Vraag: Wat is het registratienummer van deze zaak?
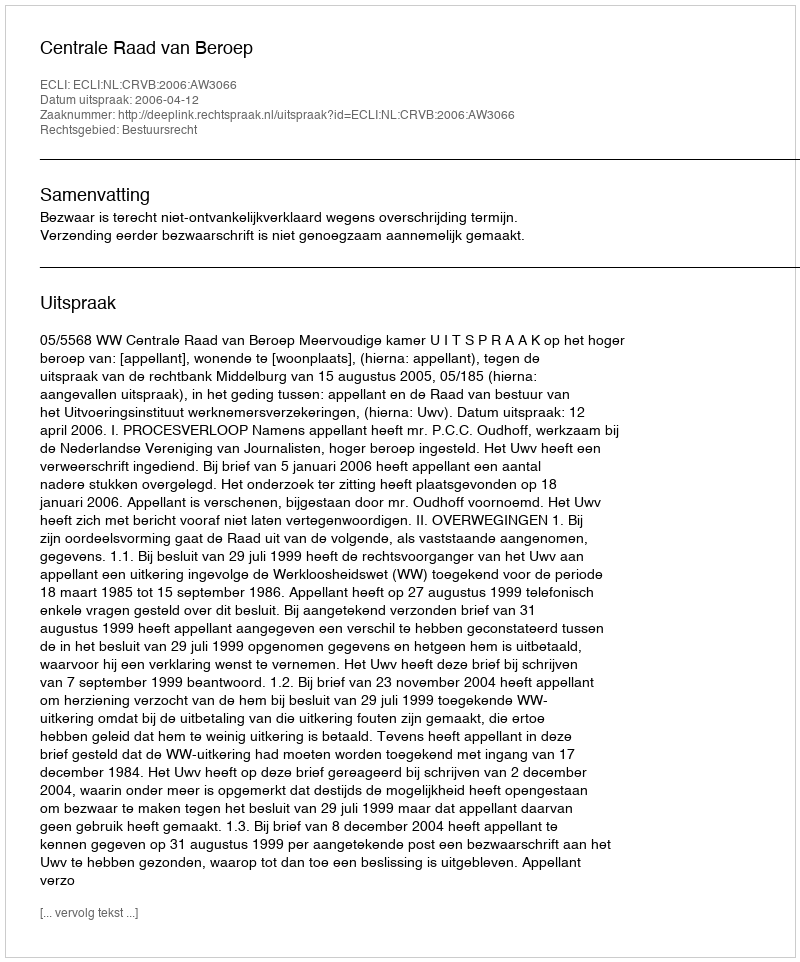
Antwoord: http://deeplink.rechtspraak.nl/uitspraak?id=ECLI:NL:CRVB:2006:AW3066